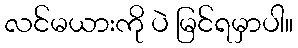
လင်မယားကို ပဲ မြင်ရမှာပါ။